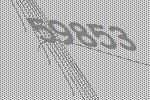
59853